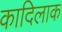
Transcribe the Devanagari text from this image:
कादिलाक